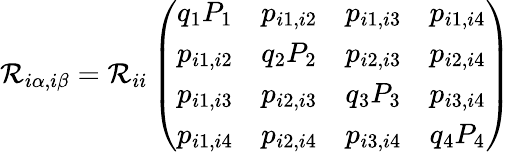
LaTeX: \mathcal{R}_{i\alpha,i\beta}=\mathcal{R}_{ii}\left(\begin{array}{llll}{q_{1}P_{1}}&{p_{i1,i2}}&{p_{i1,i3}}&{p_{i1,i4}}\\ {p_{i1,i2}}&{q_{2}P_{2}}&{p_{i2,i3}}&{p_{i2,i4}}\\ {p_{i1,i3}}&{p_{i2,i3}}&{q_{3}P_{3}}&{p_{i3,i4}}\\ {p_{i1,i4}}&{p_{i2,i4}}&{p_{i3,i4}}&{q_{4}P_{4}}\end{array}\right)